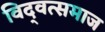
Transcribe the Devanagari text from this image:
विद्‍वत्समाज